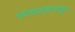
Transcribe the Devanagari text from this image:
उत्पादकांपासून